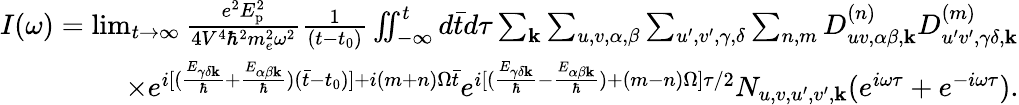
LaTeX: \begin{array}{r}{I(\omega)=\operatorname*{lim}_{t\rightarrow\infty}\frac{e^{2}E_{\textrm{p}}^{2}}{4V^{4}\hbar^{2}m_{e}^{2}\omega^{2}}\frac{1}{(t-t_{0})}\iint_{-\infty}^{t}d\bar{t}d\tau\sum_{\mathbf{k}}\sum_{u,v,\alpha,\beta}\sum_{u^{\prime},v^{\prime},\gamma,\delta}\sum_{n,m}D_{uv,\alpha\beta,\mathbf{k}}^{(n)}D_{u^{\prime}v^{\prime},\gamma\delta,\mathbf{k}}^{(m)}}\\ {\times e^{i[(\frac{E_{\gamma\delta\mathbf{k}}}{\hbar}+\frac{E_{\alpha\beta\mathbf{k}}}{\hbar})(\bar{t}-t_{0})]+i(m+n)\Omega\bar{t}}e^{i[(\frac{E_{\gamma\delta\mathbf{k}}}{\hbar}-\frac{E_{\alpha\beta\mathbf{k}}}{\hbar})+(m-n)\Omega]\tau/2}N_{u,v,u^{\prime},v^{\prime},\mathbf{k}}(e^{i\omega\tau}+e^{-i\omega\tau}).}\end{array}